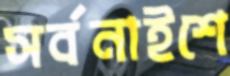
সর্বনাইশে